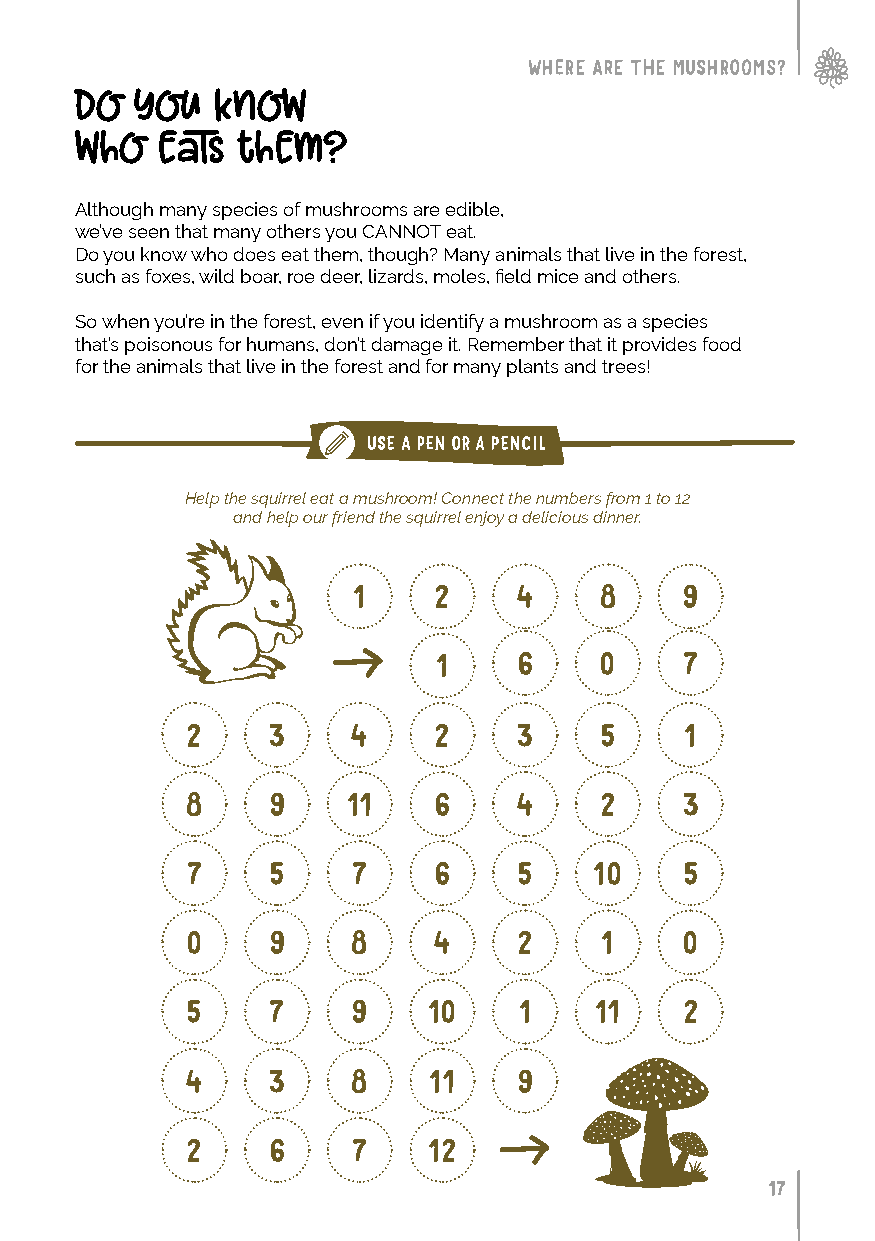
WHERE ARE THE MUSHROOMS?
 do  you  know
 who  eats  them?
 Although many species of mushrooms are edible,
 we’ve seen that many others you CANNOT eat.
 Do you know who does eat them, though? Many animals that live in the forest,
 such as foxes, wild boar, roe deer, lizards, moles, field mice and others.
 So when you’re in the forest, even if you identify a mushroom as a species
 that’s poisonous for humans, don’t damage it. Remember that it provides food
 for the animals that live in the forest and for many plants and trees!
 USE A PEN OR A PENCIL
 Help the squirrel eat a mushroom! Connect the numbers from 1 to 12
 and help our friend the squirrel enjoy a delicious dinner.
 1     2    4     8    9
 1    6     0    7
 2     3    4     2    3     5    1
 8     9    11    6    4     2    3
 7     5    7     6    5    10    5
 0     9    8     4    2     1    0
 5     7    9    10    1    11    2
 4     3    8    11    9
 2     6    7    12
 17